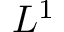
L ^ { 1 }